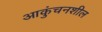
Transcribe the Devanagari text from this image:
आकुंचनशील